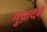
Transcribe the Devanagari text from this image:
मुक़दमें